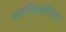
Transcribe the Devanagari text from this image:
इहत्लिल्होचित्ल